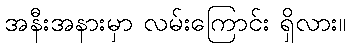
အနီးအနားမှာ လမ်းကြောင်း ရှိလား။